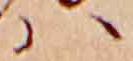
ハ